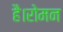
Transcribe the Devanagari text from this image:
है।रोमन